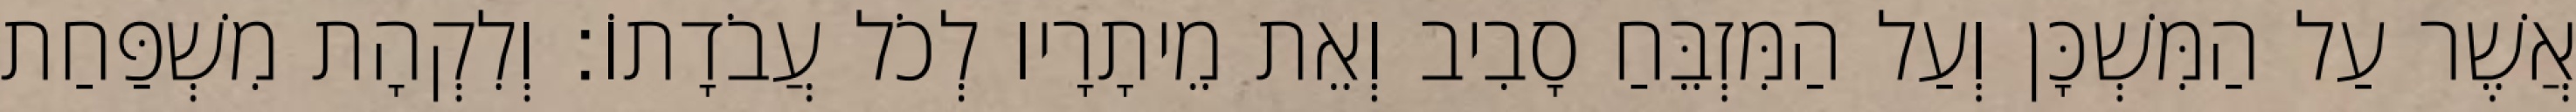
אֲשֶׁר עַל הַמִּשְׁכָּן וְעַל הַמִּזְבֵּחַ סָבִיב וְאֵת מֵיתָרָיו לְכֹל עֲבֹדָתוֹ׃ וְלִקְהָת מִשְׁפַּחַת